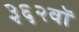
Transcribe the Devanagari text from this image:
३६२वॉ